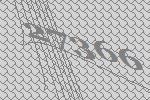
27366